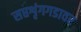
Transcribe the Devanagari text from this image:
सप्तशृंगगडावर